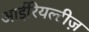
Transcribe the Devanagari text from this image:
आईरियल्टीज़